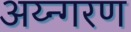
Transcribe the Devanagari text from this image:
अय्न्गरण